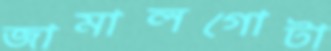
জামালগোটা